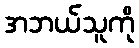
အဘယ်သူကို